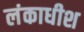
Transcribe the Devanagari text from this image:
लंकाधीश